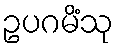
ဥပဂမိံသု